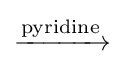
\xrightarrow {\text{pyridine}}